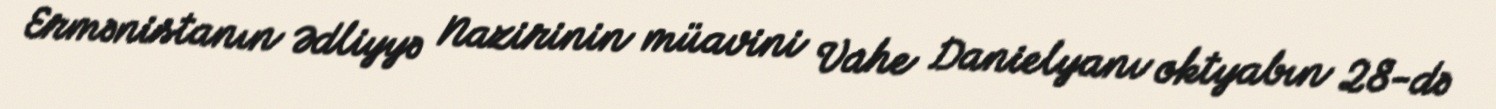
Ermənistanın Ədliyyə Nazirinin müavini Vahe Danielyanı oktyabın 28-də